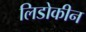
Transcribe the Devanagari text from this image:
लिडोकीन